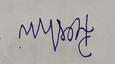
Signature authenticity: forged